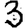
Digit: 3